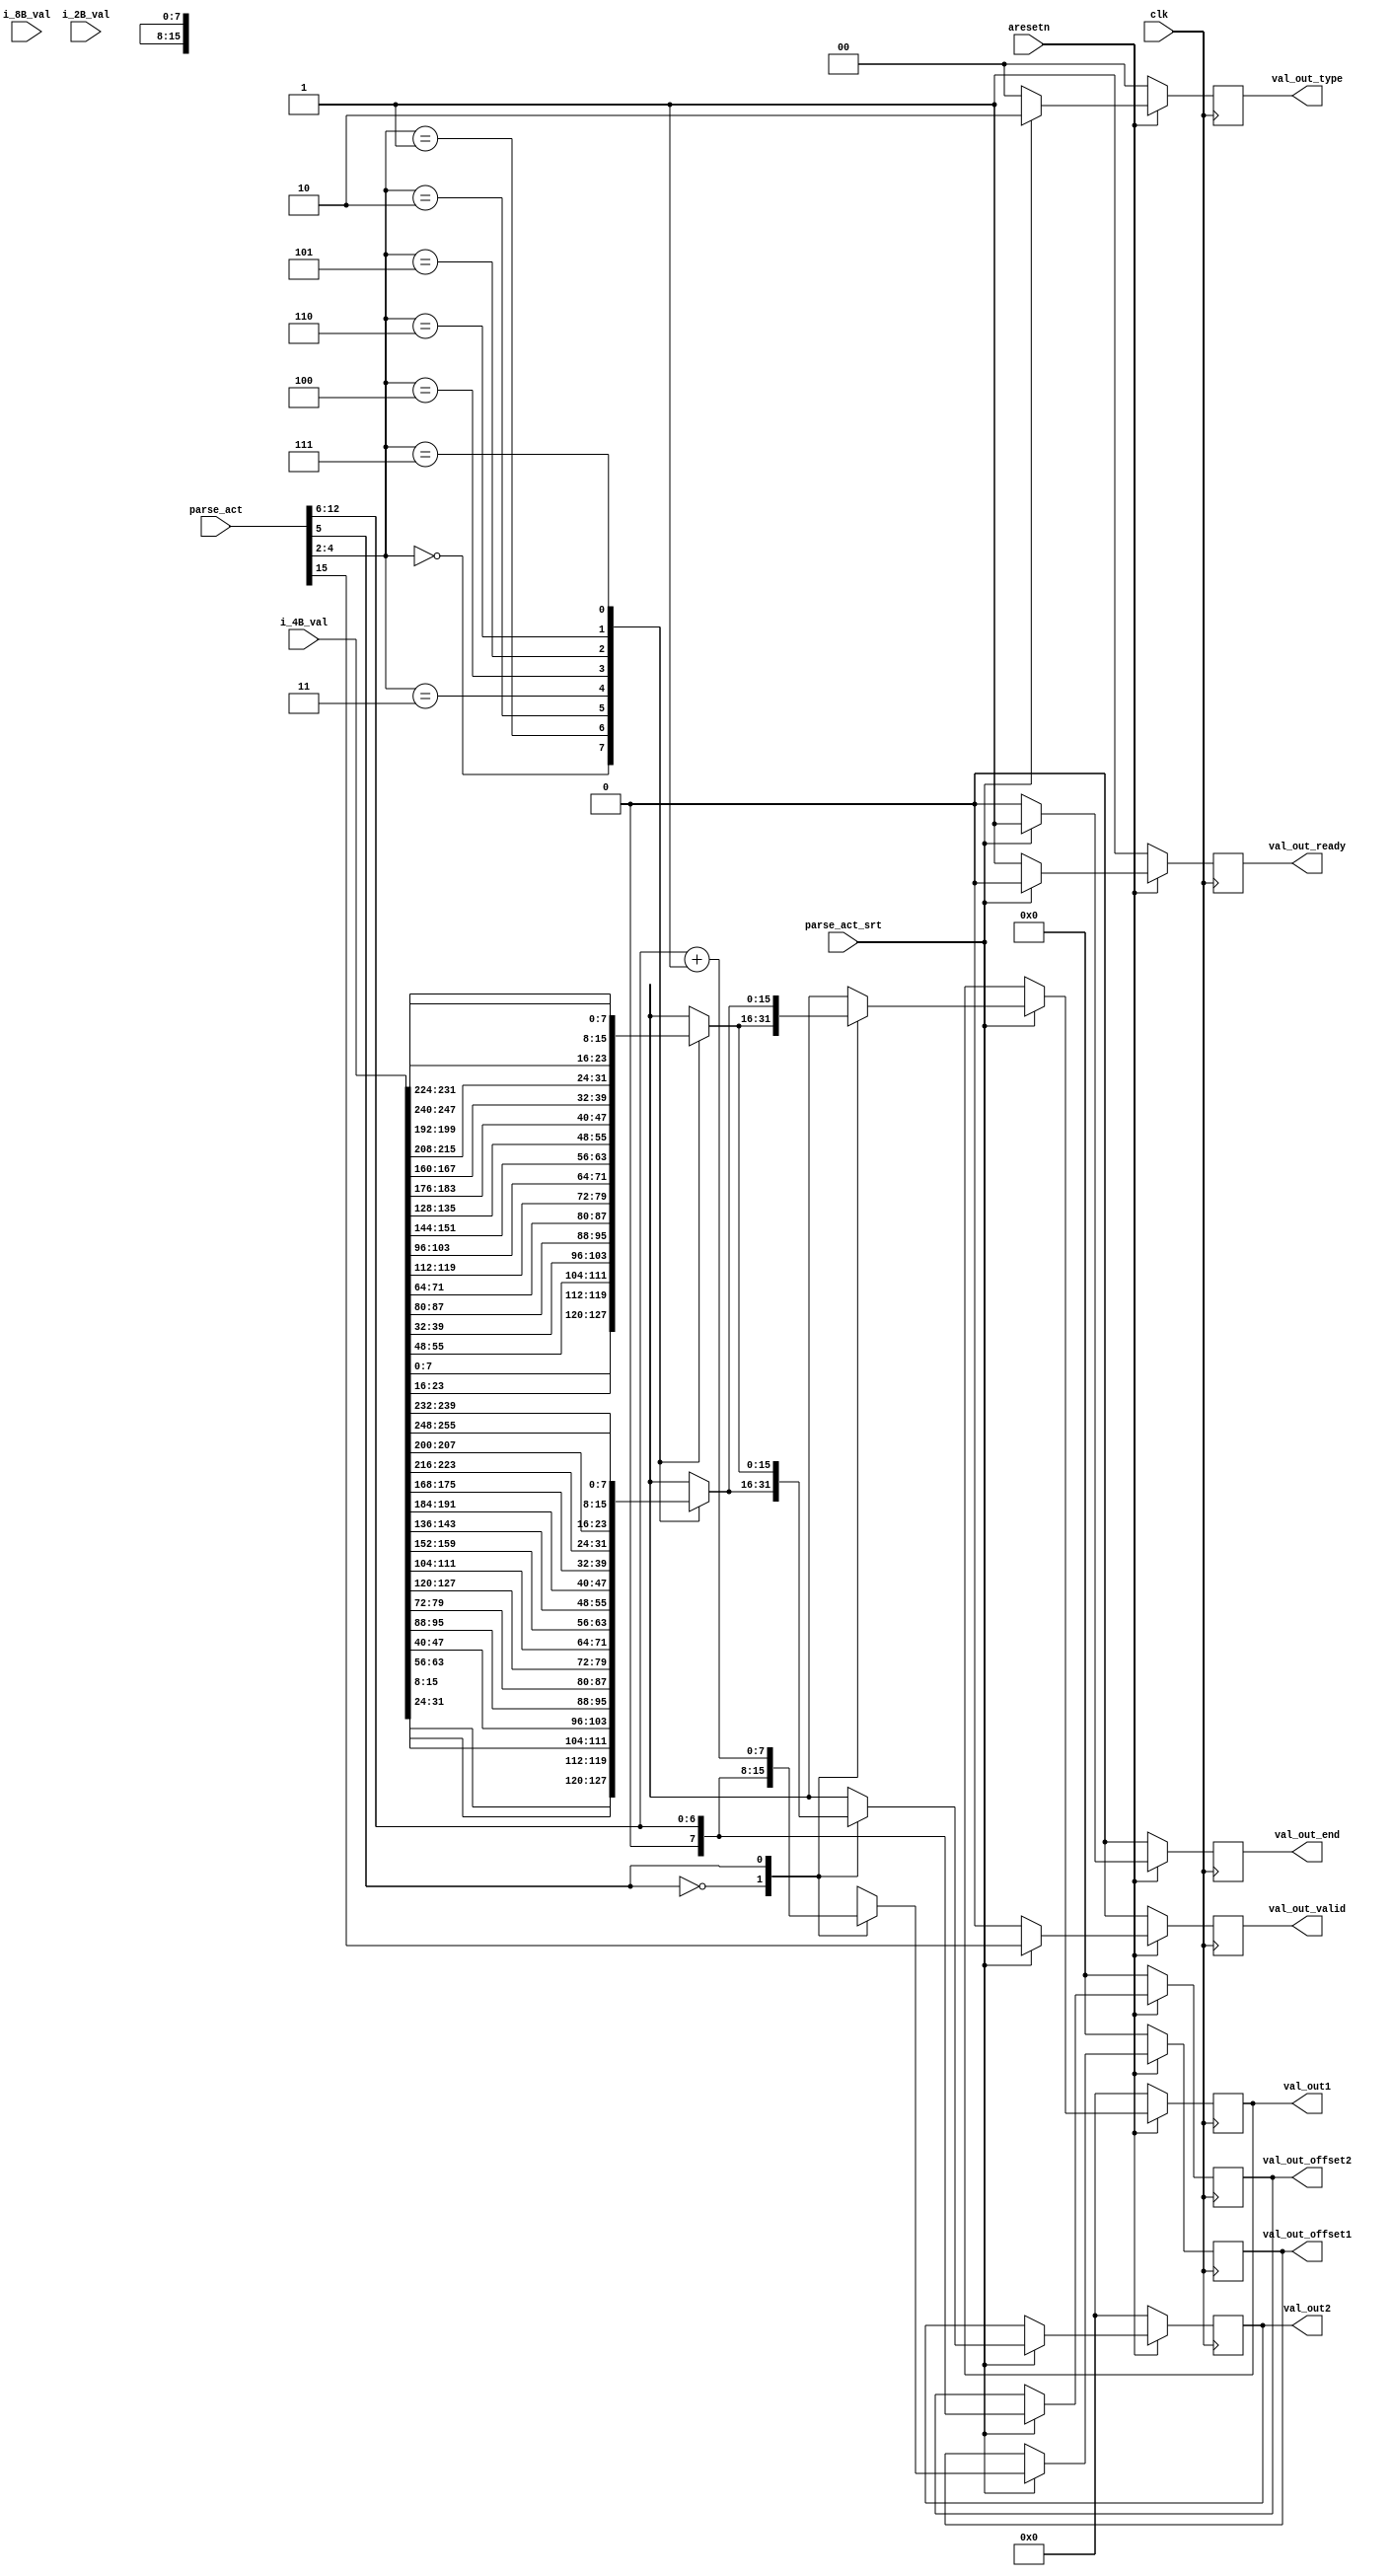
//15332
//[15] tvalid
//[12:8] Bytes offset 0-255,0-111:11111
//[7:5] Byte_in_seg
//[4:2] val_index
//[1:0] val_type,01:2B;10:4B;11:8B

//[12:5] Bytes by 32 bit
`timescale 1ns / 1ps


module sub_deparser_4B #(
	parameter C_PKT_VEC_WIDTH = (8+4+2)*8*8+256,
	parameter C_PARSE_ACT_LEN = 16						// only 6 bits are used here
)
(
	input										clk,
	input										aresetn,

	input										parse_act_srt,//start parse_act
	input [C_PARSE_ACT_LEN-1:0]					parse_act,
	// input [C_PKT_VEC_WIDTH-1:0]					phv_in,
	
	input [511:0]                               i_8B_val,
	input [255:0]                               i_4B_val,
	input [127:0]                               i_2B_val,

	output reg									val_out_valid,
	output reg [15:0]							val_out1,//here we can get nuturely get the val_by parser_index
	output reg [15:0]							val_out2,//here we can get nuturely get the val_by parser_index
	output reg [1:0]							val_out_type,
	output reg [7:0]                            val_out_offset1,
	output reg [7:0]                            val_out_offset2,
	output reg                                  val_out_end,
	output reg                                  val_out_ready
);

// localparam PHV_2B_START_POS = 100+256;
// localparam PHV_4B_START_POS = 100+256+2*8*8;
// localparam PHV_6B_START_POS = 100+256+2*8*8+4*8*8;


// reg			val_out_valid_nxt;
// reg [63:0]	val_out_nxt;
// reg [1:0]	val_out_type_nxt;
// reg [7:0]   val_out_offset_nxt;
// reg         val_out_end_nxt;

// always @(*) begin
// 	val_out_valid_nxt = 0;
// 	val_out_end_nxt = 0;
// 	val_out_ready = 1'b1;
// 	val_out_nxt = val_out;
// 	val_out_type_nxt = val_out_type;
// 	val_out_offset_nxt = val_out_offset;
// 	if (parse_act_srt) begin
// 		val_out_valid_nxt = parse_act[15];
// 		val_out_offset_nxt = parse_act[12:5];
// 		val_out_end_nxt = 1'b1;
// 		val_out_ready   = 0;
// 		case({parse_act[1:0], parse_act[15]})
// 			// 2B
// 			3'b011: begin
// 				val_out_type_nxt = 2'b01;
// 				case(parse_act[4:2])
// 					3'd0: val_out_nxt[15:0] = i_2B_val[16*0 +: 16];
// 					3'd1: val_out_nxt[15:0] = i_2B_val[16*1 +: 16];
// 					3'd2: val_out_nxt[15:0] = i_2B_val[16*2 +: 16];
// 					3'd3: val_out_nxt[15:0] = i_2B_val[16*3 +: 16];
// 					3'd4: val_out_nxt[15:0] = i_2B_val[16*4 +: 16];
// 					3'd5: val_out_nxt[15:0] = i_2B_val[16*5 +: 16];
// 					3'd6: val_out_nxt[15:0] = i_2B_val[16*6 +: 16];
// 					3'd7: val_out_nxt[15:0] = i_2B_val[16*7 +: 16];
// 				endcase
// 			end
// 			// 4B
// 			3'b101: begin
// 				val_out_type_nxt = 2'b10;
// 				case(parse_act[4:2])
// 					3'd0: val_out_nxt[31:0] = i_4B_val[32*0 +: 32];
// 					3'd1: val_out_nxt[31:0] = i_4B_val[32*1 +: 32];
// 					3'd2: val_out_nxt[31:0] = i_4B_val[32*2 +: 32];
// 					3'd3: val_out_nxt[31:0] = i_4B_val[32*3 +: 32];
// 					3'd4: val_out_nxt[31:0] = i_4B_val[32*4 +: 32];
// 					3'd5: val_out_nxt[31:0] = i_4B_val[32*5 +: 32];
// 					3'd6: val_out_nxt[31:0] = i_4B_val[32*6 +: 32];
// 					3'd7: val_out_nxt[31:0] = i_4B_val[32*7 +: 32];
// 				endcase
// 			end
// 			// 6B
// 			3'b111: begin
// 				val_out_type_nxt = 2'b11;
// 				case(parse_act[4:2])
// 					3'd0: val_out_nxt[63:0] = i_8B_val[64*0 +: 64];
// 					3'd1: val_out_nxt[63:0] = i_8B_val[64*1 +: 64];
// 					3'd2: val_out_nxt[63:0] = i_8B_val[64*2 +: 64];
// 					3'd3: val_out_nxt[63:0] = i_8B_val[64*3 +: 64];
// 					3'd4: val_out_nxt[63:0] = i_8B_val[64*4 +: 64];
// 					3'd5: val_out_nxt[63:0] = i_8B_val[64*5 +: 64];
// 					3'd6: val_out_nxt[63:0] = i_8B_val[64*6 +: 64];
// 					3'd7: val_out_nxt[63:0] = i_8B_val[64*7 +: 64];
// 				endcase
// 			end
// 			default: begin
// 				val_out_type_nxt = 0;
// 				val_out_nxt = 0;
// 				val_out_offset_nxt = 0;
// 				val_out_end_nxt = 0;
// 			end
// 		endcase
// 	end
// end


// always @(posedge clk) begin
// 	if (~aresetn) begin
// 		val_out_valid <= 0;
// 		val_out <= 0;
// 		val_out_type <= 0;
// 		val_out_offset <= 8'd0;
// 		val_out_end <= 1'b0;
// 	end
// 	else begin
// 		val_out_valid <= val_out_valid_nxt;
// 		val_out <= val_out_nxt;
// 		val_out_type <= val_out_type_nxt;
// 		val_out_offset <= val_out_offset_nxt;
// 		val_out_end <= val_out_end_nxt;
// 	end
// end

always @(posedge clk) begin
	if (~aresetn) begin
		val_out_valid <= 0;
		val_out_end <= 0;
		val_out_ready <= 1'b1;
		val_out1 <= 0;
		val_out2 <= 0;
		val_out_type <= 0;
		val_out_offset1 <= 0;
		val_out_offset2 <= 0;
	end
	else begin
		if (parse_act_srt) begin
			val_out_valid <= parse_act[15];
			val_out_end <= 1'b1;
			val_out_ready <= 1'b0;
			val_out_type <= 2'b10;
			case(parse_act[5])
				0:begin
					val_out_offset1 <= parse_act[12:6];//
					val_out_offset2 <= parse_act[12:6];//
					case(parse_act[4:2])
						3'd0: begin
							val_out1[15:0] <= {i_4B_val[8*2 +: 8],i_4B_val[8*0 +: 8]};
							val_out2[15:0] <= {i_4B_val[8*3 +: 8],i_4B_val[8*1 +: 8]};
						end
						3'd1: begin
							val_out1[15:0] <= {i_4B_val[8*6 +: 8],i_4B_val[8*4 +: 8]};
							val_out2[15:0] <= {i_4B_val[8*7 +: 8],i_4B_val[8*5 +: 8]};
						end
						3'd2: begin 
							val_out1[15:0] <= {i_4B_val[8*10 +: 8],i_4B_val[8*8 +: 8]};
							val_out2[15:0] <= {i_4B_val[8*11 +: 8],i_4B_val[8*9 +: 8]};
						end
						3'd3: begin 
							val_out1[15:0] <= {i_4B_val[8*14 +: 8],i_4B_val[8*12 +: 8]};
							val_out2[15:0] <= {i_4B_val[8*15 +: 8],i_4B_val[8*13 +: 8]};
						end
						3'd4: begin 
							val_out1[15:0] <= {i_4B_val[8*18 +: 8],i_4B_val[8*16 +: 8]};
							val_out2[15:0] <= {i_4B_val[8*19 +: 8],i_4B_val[8*17 +: 8]};
						end
						3'd5: begin 
							val_out1[15:0] <= {i_4B_val[8*22 +: 8],i_4B_val[8*20 +: 8]};
							val_out2[15:0] <= {i_4B_val[8*23 +: 8],i_4B_val[8*21 +: 8]};
						end
						3'd6: begin 
							val_out1[15:0] <= {i_4B_val[8*26 +: 8],i_4B_val[8*24 +: 8]};
							val_out2[15:0] <= {i_4B_val[8*27 +: 8],i_4B_val[8*25 +: 8]};
						end
						3'd7: begin 
							val_out1[15:0] <= {i_4B_val[8*30 +: 8],i_4B_val[8*28 +: 8]};
							val_out2[15:0] <= {i_4B_val[8*31 +: 8],i_4B_val[8*29 +: 8]};
						end
					endcase
				end
				1:begin
					val_out_offset1 <= parse_act[12:6]+1'b1;//
					val_out_offset2 <= parse_act[12:6];//
					case(parse_act[4:2])
						3'd0: begin
							val_out1[15:0] <= {i_4B_val[8*3 +: 8],i_4B_val[8*1 +: 8]};
							val_out2[15:0] <= {i_4B_val[8*2 +: 8],i_4B_val[8*0 +: 8]};
						end
						3'd1: begin
							val_out1[15:0] <= {i_4B_val[8*7 +: 8],i_4B_val[8*5 +: 8]};
							val_out2[15:0] <= {i_4B_val[8*6 +: 8],i_4B_val[8*4 +: 8]};
						end
						3'd2: begin 
							val_out1[15:0] <= {i_4B_val[8*11 +: 8],i_4B_val[8*9 +: 8]};
							val_out2[15:0] <= {i_4B_val[8*10 +: 8],i_4B_val[8*8 +: 8]};
						end
						3'd3: begin 
							val_out1[15:0] <= {i_4B_val[8*15 +: 8],i_4B_val[8*13 +: 8]};
							val_out2[15:0] <= {i_4B_val[8*14 +: 8],i_4B_val[8*12 +: 8]};
						end
						3'd4: begin 
							val_out1[15:0] <= {i_4B_val[8*19 +: 8],i_4B_val[8*17 +: 8]};
							val_out2[15:0] <= {i_4B_val[8*18 +: 8],i_4B_val[8*16 +: 8]};
						end
						3'd5: begin 
							val_out1[15:0] <= {i_4B_val[8*23 +: 8],i_4B_val[8*21 +: 8]};
							val_out2[15:0] <= {i_4B_val[8*22 +: 8],i_4B_val[8*20 +: 8]};
						end
						3'd6: begin 
							val_out1[15:0] <= {i_4B_val[8*27 +: 8],i_4B_val[8*25 +: 8]};
							val_out2[15:0] <= {i_4B_val[8*26 +: 8],i_4B_val[8*24 +: 8]};
						end
						3'd7: begin 
							val_out1[15:0] <= {i_4B_val[8*31 +: 8],i_4B_val[8*29 +: 8]};
							val_out2[15:0] <= {i_4B_val[8*30 +: 8],i_4B_val[8*28 +: 8]};
						end
					endcase
				end
			endcase
		end
		else begin
			val_out_type <= 0;
			val_out_end <= 1'b0;
			val_out_ready <= 1'b1;
			val_out_offset1 <= val_out_offset1;
			val_out_offset2 <= val_out_offset2;
			val_out_valid <= 1'b0;
			val_out1 <= val_out1;
			val_out2 <= val_out2;
		end
	end
end

endmodule